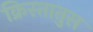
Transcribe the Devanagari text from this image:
क्रिस्‍तातुस